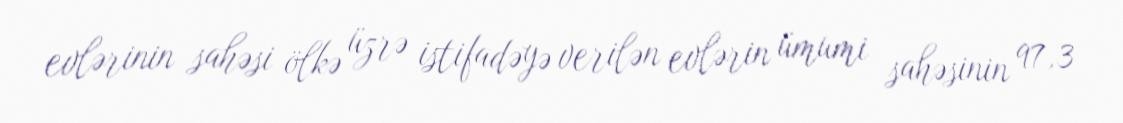
evlərinin sahəsi ölkə üzrə istifadəyə verilən evlərin ümumi sahəsinin 97,3